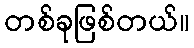
တစ်ခုဖြစ်တယ်။